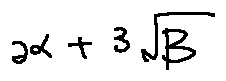
2 \alpha + 3 \sqrt { \beta }